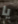
يا